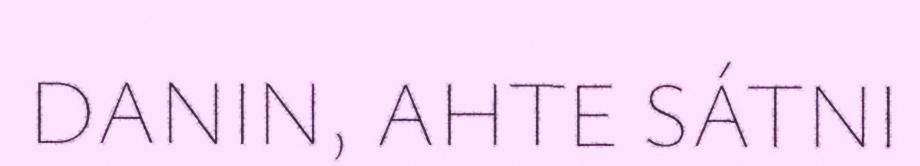
DANIN, AHTE SÁTNI